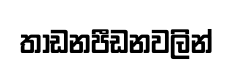
තාඩනපීඩනවලින්